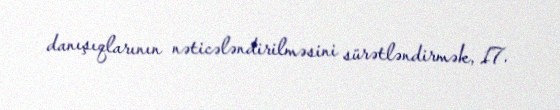
danışıqlarının nəticələndirilməsini sürətləndirmək, 17.